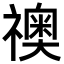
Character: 𥜌